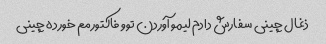
ذغال چینی سفارش دادم لیمو آوردن توو فاکتورمم خورده چینی